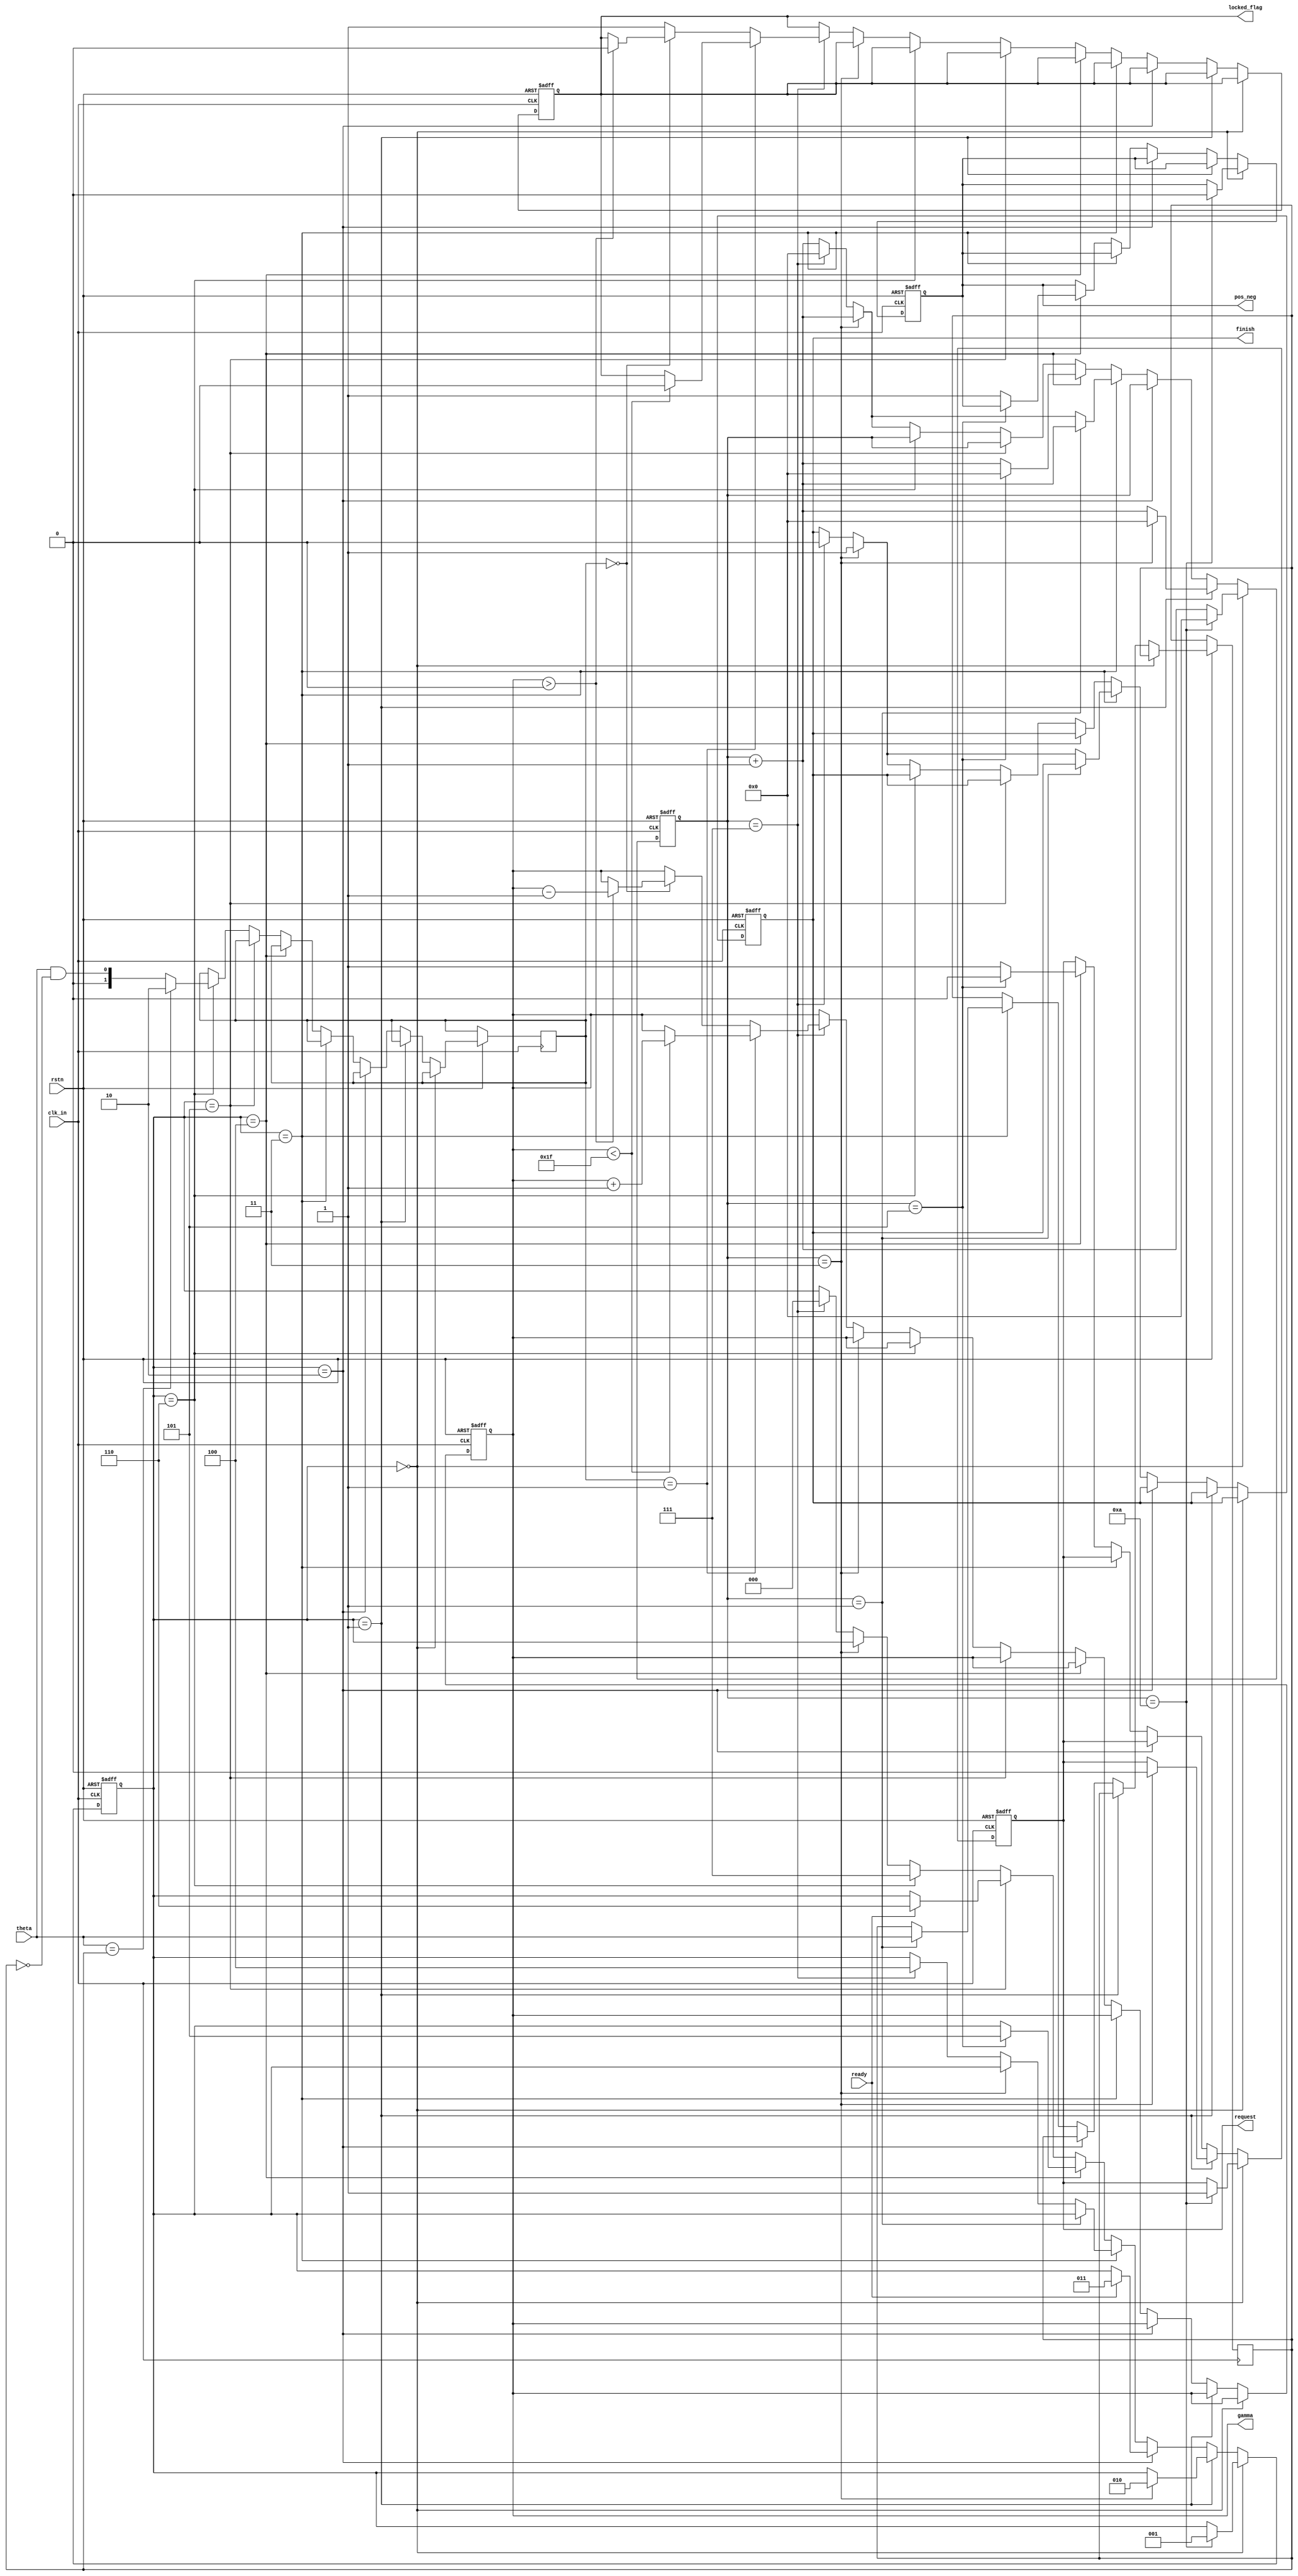
module controller(
	// general 
	input	wire	clk_in,
	input	wire	rstn,
	output	reg	locked_flag,
	// TDL interface
	output	reg	[4:0]	gamma,
	// DCM interface
	output	reg		pos_neg,
	input	wire	[20-1:0] theta,
	output	reg		request,
	output	reg		finish,
	input	wire	ready
);

reg [2:0] state;
reg [3:0] counter;
reg [19:0] pos_theta;
reg [1:0] gamma_decision ;

always@(posedge clk_in or negedge rstn)begin
	if(rstn == 0)begin
		state <= 0;
		counter <= 0;
		gamma <= 0;
		request <= 0;
		finish <= 0;
		pos_neg <= 0;
		locked_flag <= 0;
	end
	else begin
		if(state == 0)begin
			if(counter == 10)begin
				state <= 1;
				counter <= 0;
				request <= 1;
				pos_neg <= 0;
			end
			else begin
				counter <= counter + 1;
			end
		end
		else if(state == 1)begin
			if(counter == 3)begin
				state <= 2;
				counter <= 0;
				request <= 0;
			end
			else begin
				counter <= counter + 1;
			end
		end
		else if(state == 2)begin
			if(ready == 1)begin
				state <= 3;
			end
		end
		else if(state == 3)begin
			if(counter == 1)begin
				pos_theta <= theta;
				counter <= counter + 1;
			end
			else if(counter == 3)begin
				counter <= counter + 1;
				finish <= 1;
			end
			else if(counter == 7)begin
				state <= 4;
				counter <= 0;
				finish <= 0;
			end
			else begin
				counter <= counter + 1;
			end
		end
		else if(state == 4)begin
			if(counter == 5)begin
				state <= 5;
				counter <= 0;
				request <= 0;
			end
			else begin
				counter <= counter + 1;
				request <= 1;
				pos_neg <= 1;
			end
			
		end
		else if(state == 5)begin
			if(ready == 1)begin
				state <= 6;
			end
		end
		else if(state == 6)begin
			if(theta == pos_theta)begin
				gamma_decision <= 2;
			end
			else begin
				gamma_decision <= |(theta && (~pos_theta));
			end
			state <= 7;
		end
		else begin
			if(counter == 3)begin
				counter <= counter + 1;
				finish <= 1;
			end
			else if(counter == 7)begin
				state <= 0;
				counter <= 0;
				finish <= 0;
				if(gamma_decision == 1'b1)begin
					if(gamma < 31)begin
						gamma <= gamma + 1;
						locked_flag <= 0;
					end
				end
				else if(gamma_decision == 1'b0)begin
					if(gamma > 0)begin
						gamma <= gamma - 1;
						locked_flag <= 0;
					end
				end
				else begin
					locked_flag <= 1;
				end
			end
			else begin
				counter <= counter + 1;
			end
		
		end
	end
end



endmodule